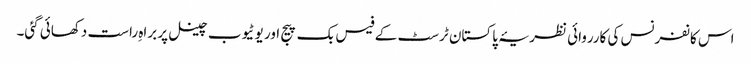
اس کانفرنس کی کارروائی نظریۂ پاکستان ٹرسٹ کے فیس بک پیج اور یوٹیوب چینل پر براہِ راست دکھائی گئی۔